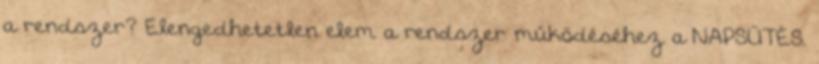
a rendszer? Elengedhetetlen elem a rendszer működéséhez a NAPSÜTÉS.